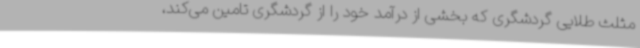
مثلث طلایی گردشگری که بخشی از درآمد خود را از گردشگری تامین می‌کند،